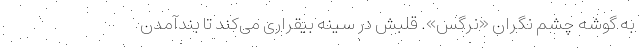
به گوشه چشم نگران «نرگس». قلبش در سینه بیقراری می‌کند تا بندآمدن